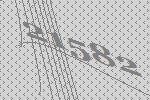
21582